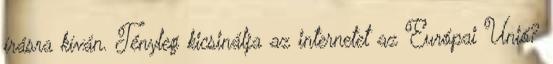
írásra kíván. Tényleg kicsinálja az internetet az Európai Unió?